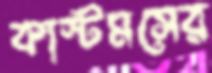
কাস্টমসের